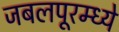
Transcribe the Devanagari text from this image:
जबलपूरम्ध्ये